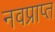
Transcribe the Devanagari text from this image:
नवप्राप्त